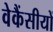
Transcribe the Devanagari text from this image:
वेकैंसीयों